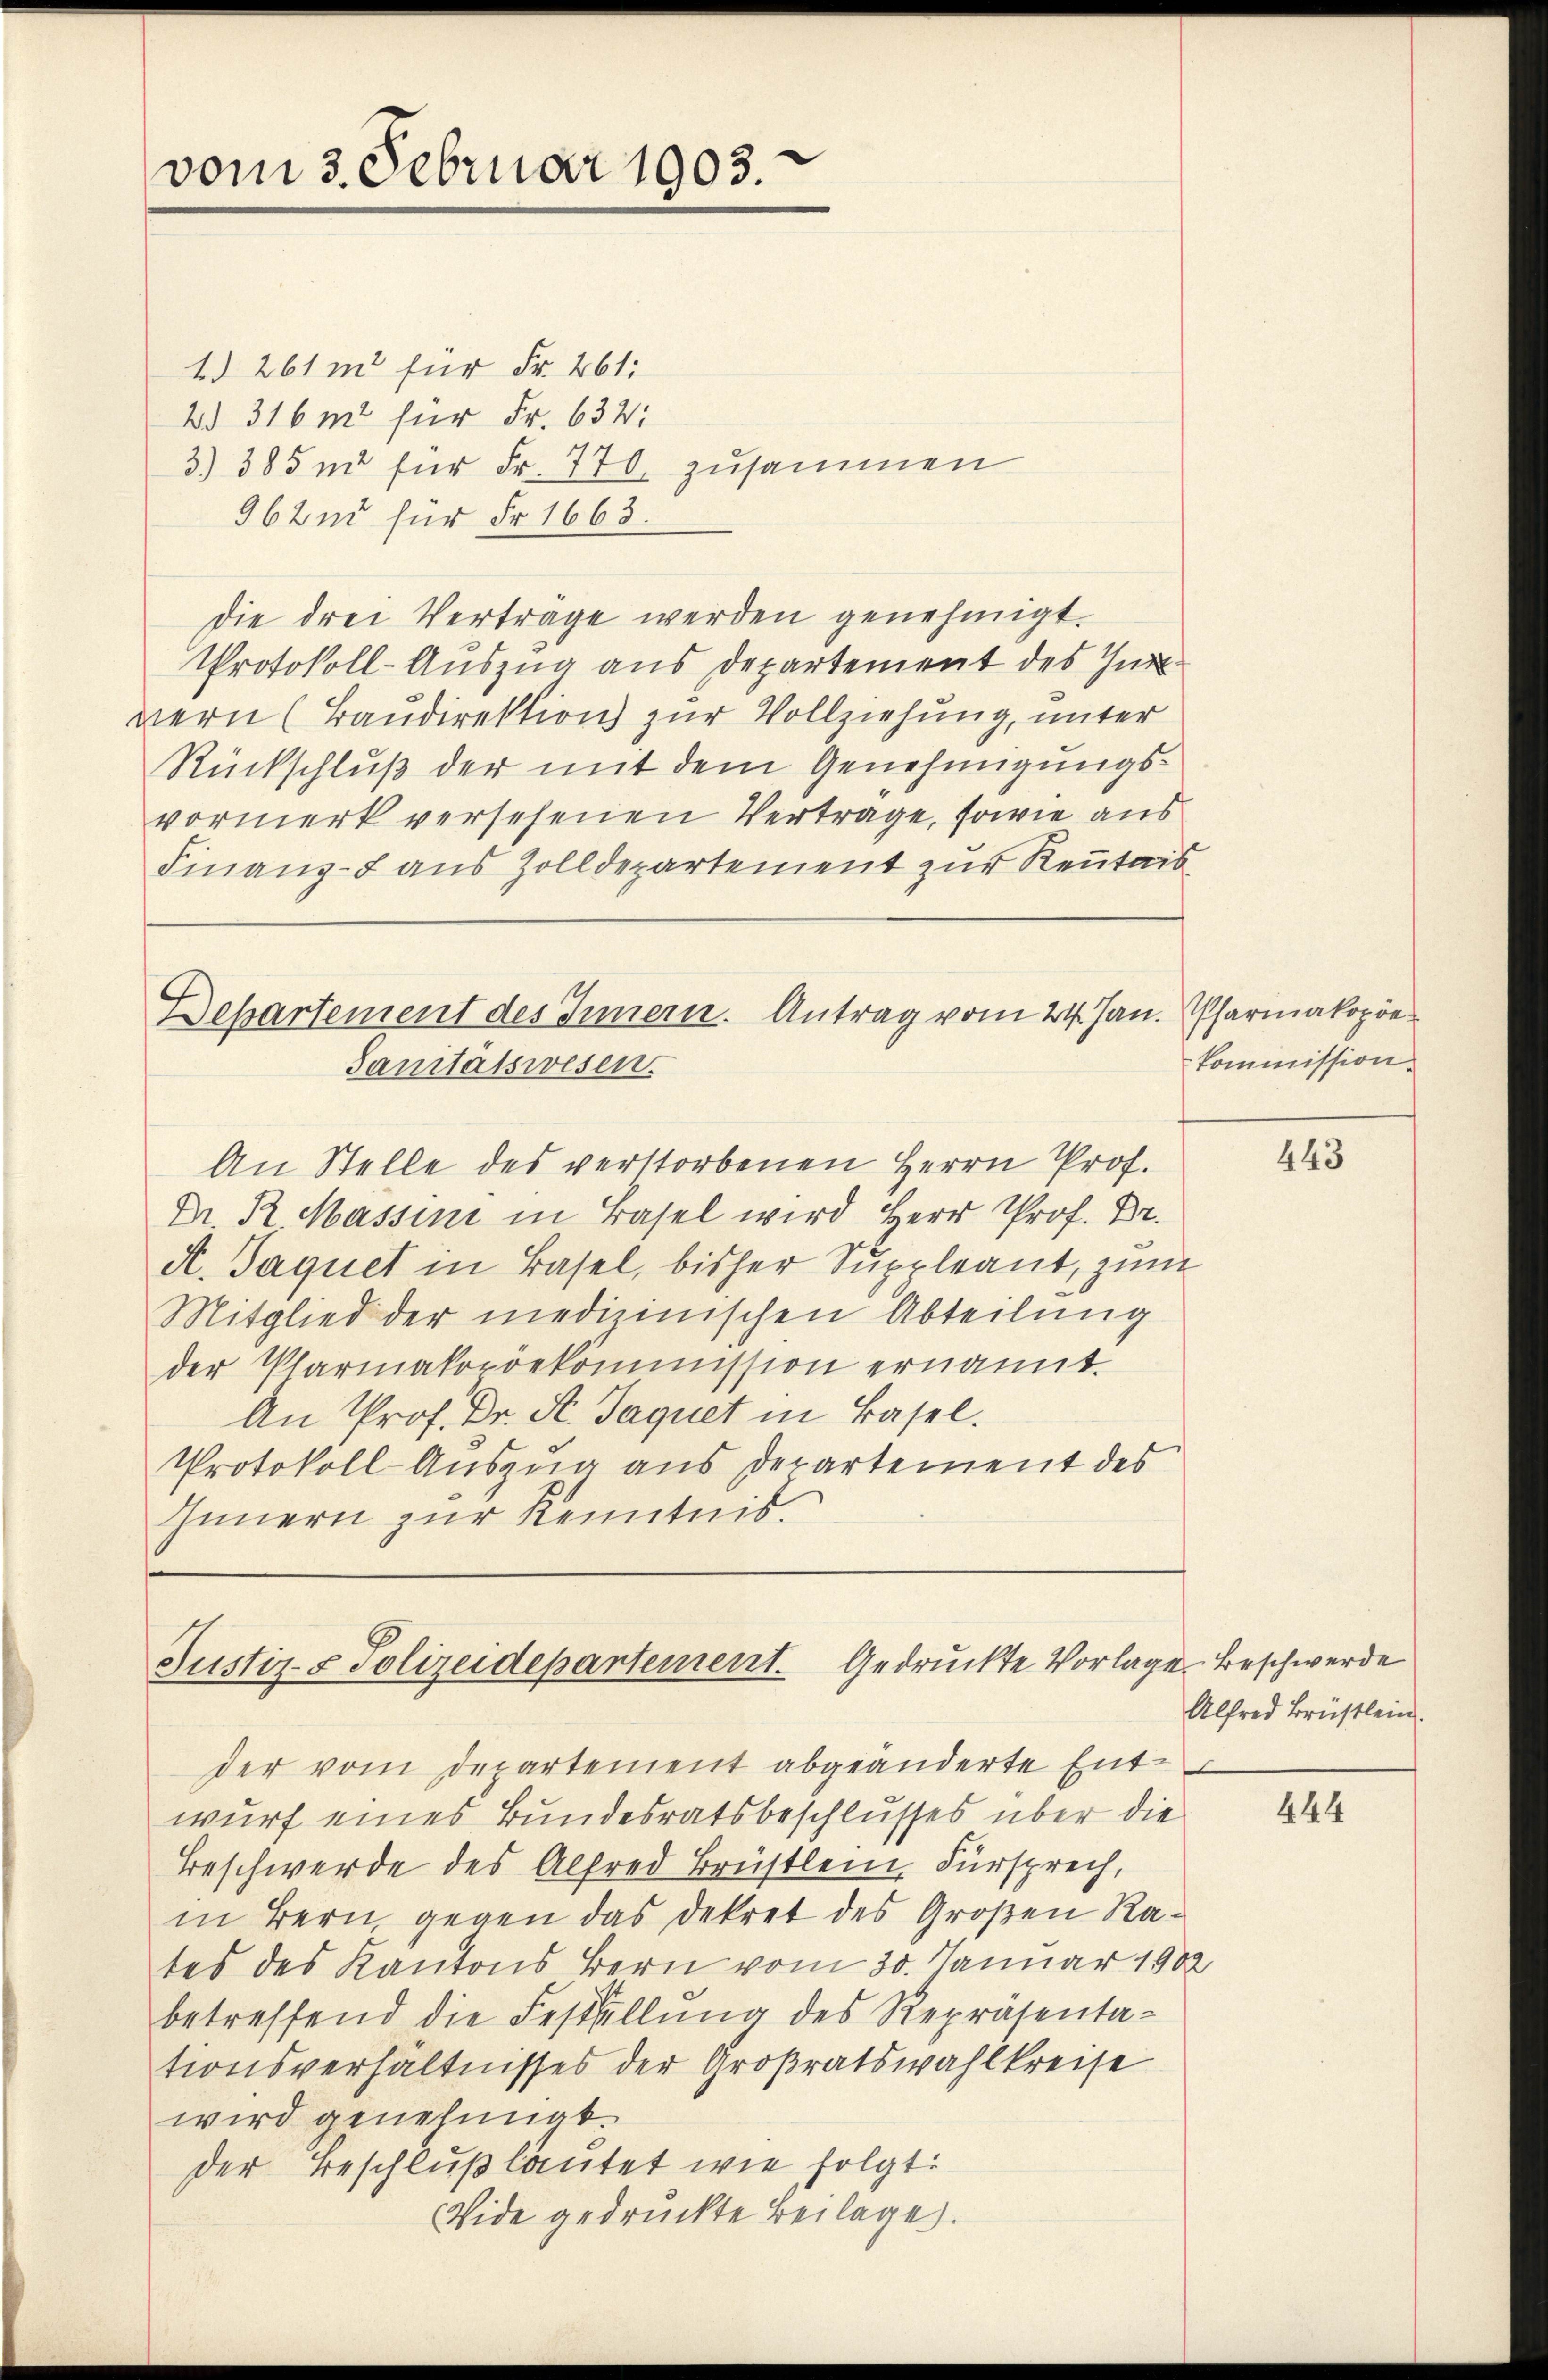
vom 3. Februar 1903.

1. 261 mo für Fr. 261:
2. 316 m für Fr. 634:
3) 385 nd für Fr. 770. zusammen
96 und für Fr. 1663.
die drei Verträge werden genehmigt.
Protokoll-Auszug aus Departement des Zür
wern Baudirektion zur Vollziehung, unter
Rückschluß der mit dem Genehmigungsvormerk versehenen Vertrage, sowie aus
Finanz- aus Zolldepartement zur Kenntnis
Departement des Innern. Antrag vom 24. Jan.
Sanitätswesen.
An Stelle des verstorbenen Herrn Prof.
Dr. R. Massini in Basel wird Herr Prof. Dr.
A. Taquet in Basel, bisher Suppleant, zum
Mitglied der medizinischen Abteilung
der Plarmakopöekommission ernannt.
An Prof. Dr. St. Jaquet in Basel.
Protokoll Auszug aus Departement des
Innern zur Kenntnis.

Justiz- & Polizeidepartement. Gedruckte Vorlage. Beschwerde

Pharmakopöekommission.

der vom Departement abgeänderte Entwurf eines Bundesratsbeschlusses über die
Beschwerde des Alfred Brüstlein, Fürsprech,
in Bern, gegen das Dekret des Großen Rates des Kantons Bern vom 30. Januar 1902
betreffend die Festellung des Repräsentationsverhältnisses der Großratswahlkreise
wird genehmigt.
der Beschluß lautet wie folgt:
Wide gedruckte Beilage.

443

Alfred Brüstlein.

444